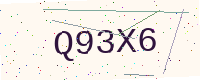
Text: Q93X6